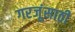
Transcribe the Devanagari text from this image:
गरजूंसाठी